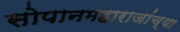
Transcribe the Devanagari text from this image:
सोपानमहाराजांच्या